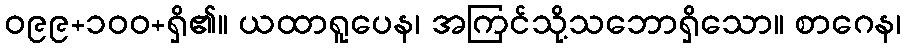
ဝ၉၉+၁၀၀+ရှိ၏။ ယထာရူပေန၊ အကြင်သို့သဘောရှိသော။ စာဂေန၊